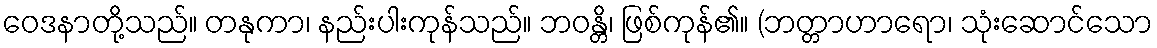
ဝေဒနာတို့သည်။ တနုကာ၊ နည်းပါးကုန်သည်။ ဘဝန္တိ၊ ဖြစ်ကုန်၏။ (ဘတ္တာဟာရော၊ သုံးဆောင်သော